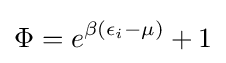
\Phi =e^{\beta (\epsilon _{i}-\mu )}+1